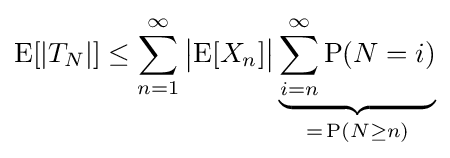
\operatorname {E} [|T_{N}|]\leq \sum _{n=1}^{\infty }{\bigl |}\!\operatorname {E} [X_{n}]{\bigr |}\underbrace {\sum _{i=n}^{\infty }\operatorname {P} (N=i)} _{=\,\operatorname {P} (N\geq n)}